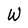
Character: W